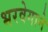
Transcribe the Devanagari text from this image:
भरवेगाने